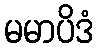
မမာပိဒံ